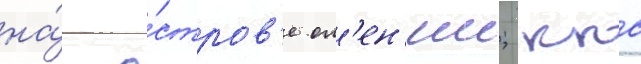
на́ о́стров'е ол'ен'ии; ккс